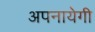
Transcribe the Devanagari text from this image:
अपनायेगी